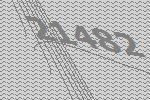
21482